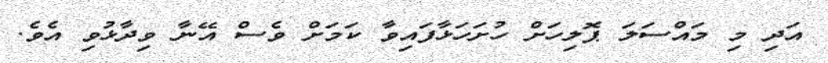
އަދި މި މައްސަލަ ޕޮލިހަށް ހުށަހަޅާފައިވާ ކަމަށް ވެސް އޭނާ ވިދާޅުވި އެވެ.